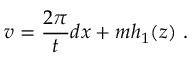
v = \frac { 2 \pi } { t } d x + m h _ { 1 } ( z ) \ .